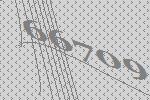
66709